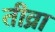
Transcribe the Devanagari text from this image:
तीव्रा